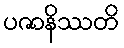
ပဇာနိဿတိ